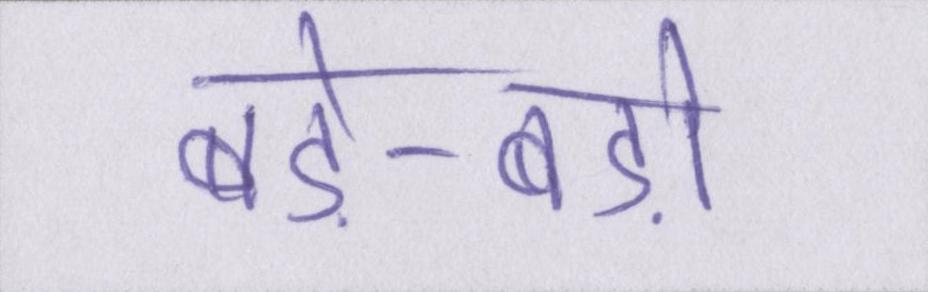
बड़े-बड़ों